Leaving Certificate, 1899
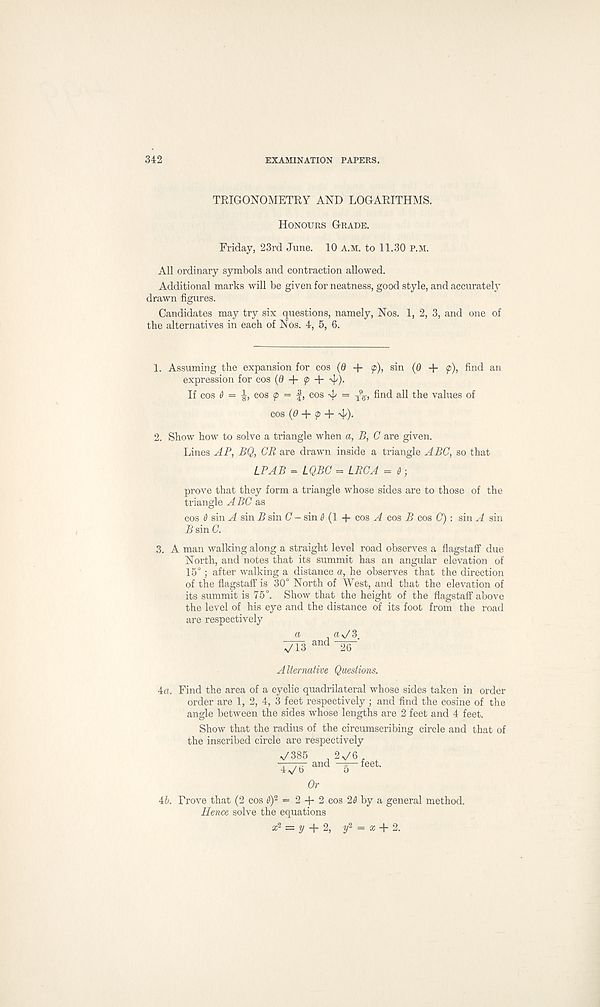
342
EXAMINATION PAPERS.
TRIGONOMETEY AND LOGARITHMS.
Honours Grade.
Friday, 23rd June. 10 A.M. to 11.30 P.M.
All ordinary symbols and contraction allowed.
Additional marks will be given for neatness, good style, and accurate^
drawn figures.
Candidates may try six questions, namely, Nos. 1, 2, 3, and one of
the alternatives in each of Nos. 4, 5, 6.
1. Assuming the expansion for cos (Q + <p), sin (0 + (p), find an
expression for cos (0 + f + , 4' )-
If cos 0 = ^, cos p = f, cos ^ = xV’ all the values of
cos (0 + p + -4/).
2. Show how to solve a triangle when a, B, C are given.
Lines AP, BQ, OR are drawn inside a triangle ABC, so that
LPAB = LQBC = LRCA = 6;
prove that they form a triangle whose sides are to those of the
triangle ABC as
cos 6 sin A sin B sin C - sin 0 (1 + cos A cos B cos C): sin A sin
B sin C.
3. A man walking along a straight level road observes a flagstaff due
North, and notes that its summit has an angular elevation of
15°; after walking a distance a, he observes that the direction
of the flagstaff is 30° North of West, and that the elevation of
its summit is 75°. Show that the height of the flagstaff above
the level of his eye and the distance of its foot from the road
are respectively
a . ® \/ 3,
7i3 and ~W
Alternative Questions.
4n. Find the area of a cyclic quadrilateral whose sides taken in order
order are 1, 2, 4, 3 feet respectively ; and find the cosine of the
angle between the sides whose lengths are 2 feet and 4 feet.
Show that the radius of the circumscribing circle and that of
the inscribed circle are respectively
V385 2V6, +
W^-and — feet '
Or
4b. Prove that (2 cos O) 2 = 2 + 2 cos 20 by a general method.
Hence solve the equations
a; 2 = y + 2, y 2 = a; + 2.